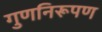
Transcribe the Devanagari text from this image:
गुणनिरूपण